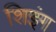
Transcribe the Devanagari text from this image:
शिइंग